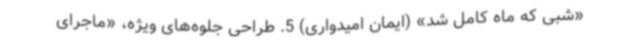
«شبی که ماه کامل شد» (ایمان امیدواری) 5. طراحی جلوه‌های ویژه، «ماجرای